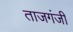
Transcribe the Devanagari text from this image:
ताजगंजी